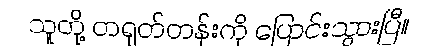
သူတို့ တရုတ်တန်းကို ပြောင်းသွားပြီ။